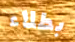
بطلاء